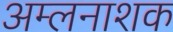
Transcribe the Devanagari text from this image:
अम्लनाशक